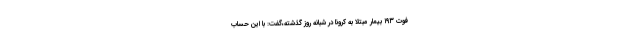
فوت ۱۹۳ بیمار مبتلا به کرونا در شبانه روز گذشته،‌گفت: با این حساب